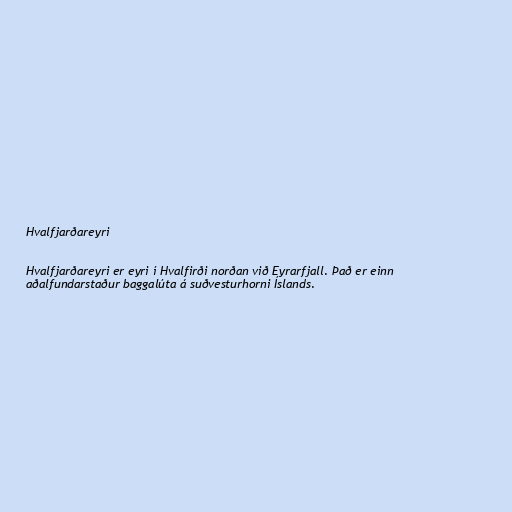
Hvalfjarðareyri

Hvalfjarðareyri er eyri í Hvalfirði norðan við Eyrarfjall. Það er einn
aðalfundarstaður baggalúta á suðvesturhorni Íslands.